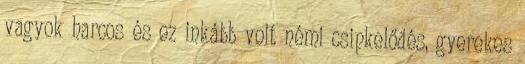
vagyok harcos és ez inkább volt némi csipkelődés, gyerekes